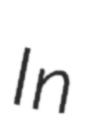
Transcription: In